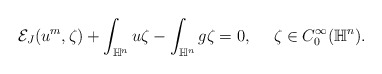
\begin{align*} \begin{aligned} \mathcal{E}_J(u^m,\zeta)+\int_{\mathbb{H}^n}u\zeta-\int_{\mathbb{H}^n}g\zeta=0, ~~~~\zeta\in C_0^\infty(\mathbb{H}^n). \end{aligned} \end{align*}